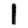
Digit: 1